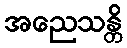
အညေသန္တိ